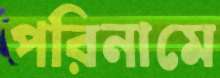
পরিনামে